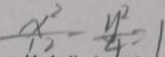
\frac { x ^ { 2 } } { 1 2 } - \frac { y ^ { 2 } } { 4 } = 1